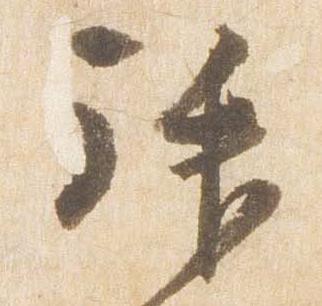
拝